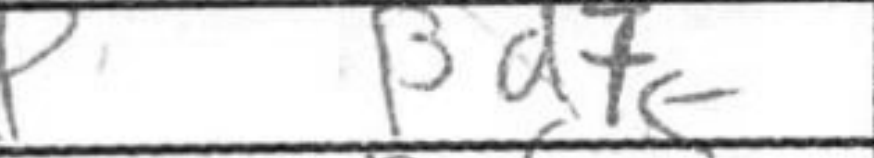
Transcription: Bd7